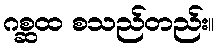
ဂစ္ဆထ စသည်တည်း။